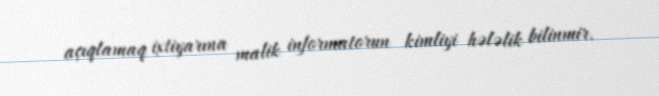
açıqlamaq ixtiyarına malik informatorun kimliyi hələlik bilinmir.